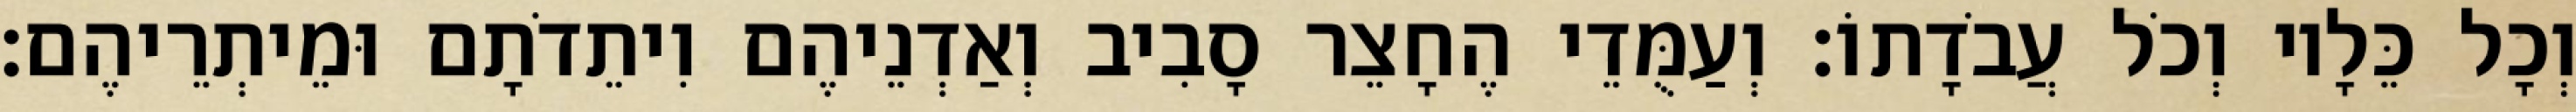
וְכָל כֵּלָיו וְכֹל עֲבֹדָתוֹ׃ וְעַמֻּדֵי הֶחָצֵר סָבִיב וְאַדְנֵיהֶם וִיתֵדֹתָם וּמֵיתְרֵיהֶם׃